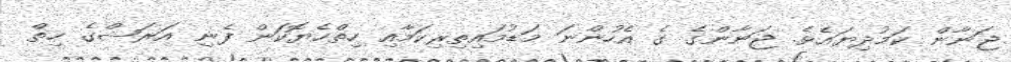
ޖަނާން ކަމުދިޔައެވެ. ޖަނާންގެ ގެ އެހުންނަ މަޑުމައިތިރިކަމާއި ހިތްހެޔޮކަން ފެނި އަރަޝްގެ ހިތް